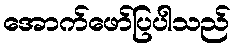
အောက်ဖော်ပြပါသည်